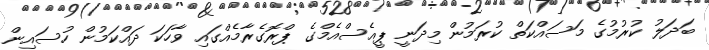
ބަދަލު ކުރުމުގެ މަސައްކަތް ކުރަމުން މިދަނީ ޕީއެސްއެމްގެ ޕްރޮގެރާމެއްގައި ވާހަކަ ދައްކަމުން ހުސައިން